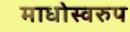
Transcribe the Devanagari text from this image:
माधोस्वरुप